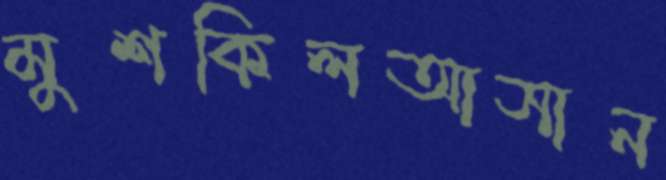
মুশকিলআসান